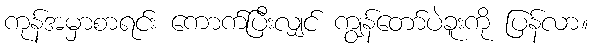
ကုန်အမှာစာရင်း ကောက်ပြီးလျှင် ကျွန်တော်ပဲခူးကို ပြန်လာ။